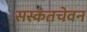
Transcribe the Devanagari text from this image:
सस्कतचेवन